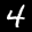
Label: 4